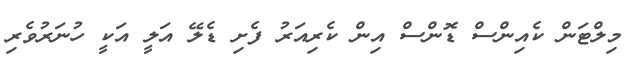
މިލްޓަން ކެއިންސް ޑޮންސް އިން ކެރިއަރު ފެށި ޑެލޭ އަލީ އަކީ ހުނަރުވެރި